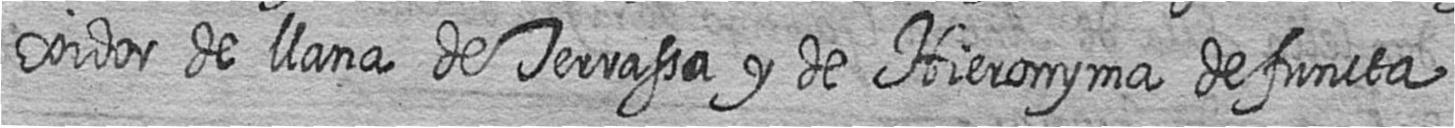
xidor de llana de Terrassa y de Hieronyma defuncta